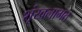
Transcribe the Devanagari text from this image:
शृंखलागत